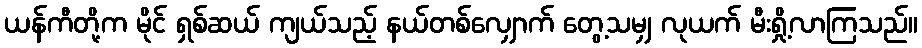
ယန်ကီတို့က မိုင် ရှစ်ဆယ် ကျယ်သည့် နယ်တစ်လျှောက် တွေ့သမျှ လုယက် မီးရှို့လာကြသည်။